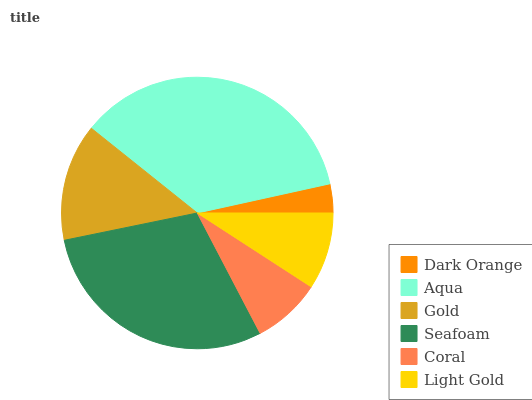
| Dark Orange | Aqua | Gold | Seafoam | Coral | Light Gold |
 | --- | --- | --- | --- | --- | --- |
 | 3.44% | 35.8% | 14% | 29.4% | 8.18% | 9.15% |